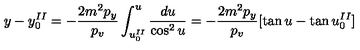
y - y _ { 0 } ^ { I I } = - \frac { 2 m ^ { 2 } p _ { y } } { p _ { v } } \int _ { u _ { 0 } ^ { I I } } ^ { u } \frac { d u } { \cos ^ { 2 } u } = - \frac { 2 m ^ { 2 } p _ { y } } { p _ { v } } [ \tan u - \tan u _ { 0 } ^ { I I } ]